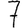
Digit: 7